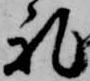
礼